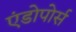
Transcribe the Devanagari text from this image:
एंडोपोर्स